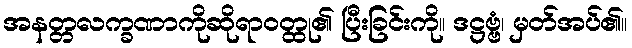
အနတ္တလက္ခဏာကိုဆိုရာဝတ္ထု၏ ပြီးခြင်းကို။ ဒဋ္ဌဗ္ဗံ၊ မှတ်အပ်၏။